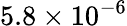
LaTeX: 5.8\times 10^{-6}